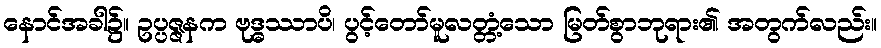
နောင်အခါ၌။ ဥပ္ပဇ္ဇနက ဗုဒ္ဓဿာပိ၊ ပွင့်တော်မူလတ္တံ့သော မြတ်စွာဘုရား၏ အတွက်လည်း။